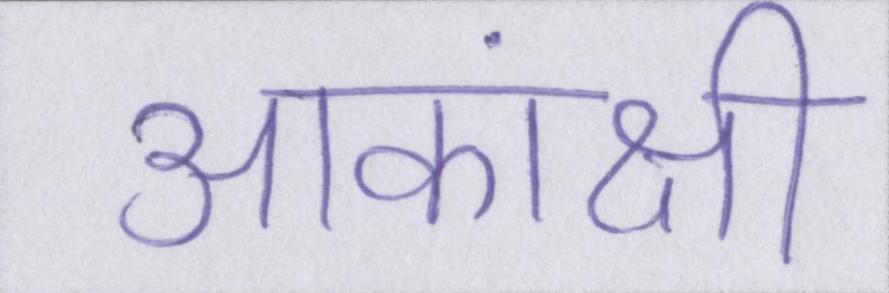
आकांक्षी